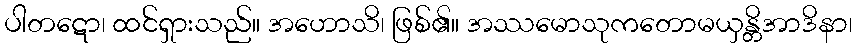
ပါတဋော၊ ထင်ရှားသည်။ အဟောသိ၊ ဖြစ်၏။ အဿမောသုကတောမယှန္တိအာဒိနာ၊